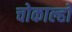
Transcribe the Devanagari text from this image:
चोकाल्हो